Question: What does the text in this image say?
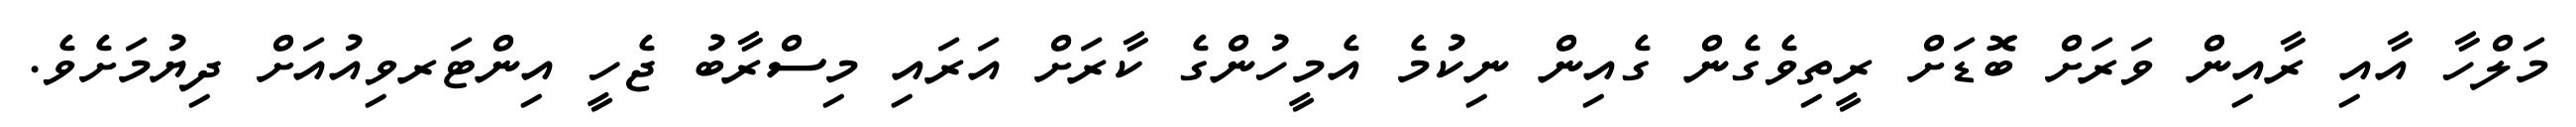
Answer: މަލްހާ އާއި ރާއިން ވަރަށް ބޮޑަށް ރީތިވެގެން ގެއިން ނިކުމެ އެމީހުންގެ ކާރަށް އަރައި މިސްރާބު ޖެހީ އިންޓަރވިއުއަށް ދިޔުމަށެވެ.